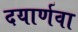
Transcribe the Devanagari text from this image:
दयार्णवा